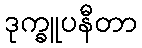
ဒုက္ခူပနီတာ